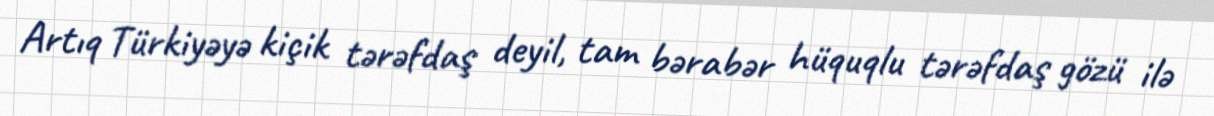
Artıq Türkiyəyə kiçik tərəfdaş deyil, tam bərabər hüquqlu tərəfdaş gözü ilə